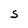
Character: S